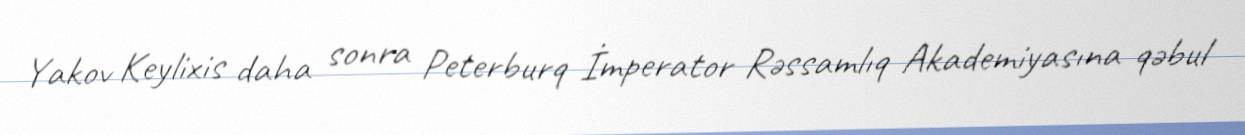
Yakov Keylixis daha sonra Peterburq İmperator Rəssamlıq Akademiyasına qəbul